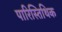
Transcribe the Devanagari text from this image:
पारिस्तिथिक